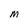
Character: M